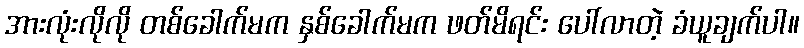
အားလုံးလိုလို တစ်ခေါက်မက နှစ်ခေါက်မက ဖတ်မိရင်း ပေါ်လာတဲ့ ခံယူချက်ပါ။